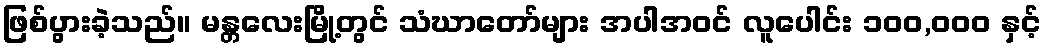
ဖြစ်ပွားခဲ့သည်။ မန္တလေးမြို့တွင် သံဃာတော်များ အပါအဝင် လူပေါင်း ၁၀၀,၀၀၀ နှင့်